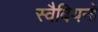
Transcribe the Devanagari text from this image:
स्वैबियनों